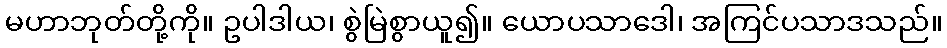
မဟာဘုတ်တို့ကို။ ဥပါဒါယ၊ စွဲမြဲစွာယူ၍။ ယောပသာဒေါ၊ အကြင်ပသာဒသည်။